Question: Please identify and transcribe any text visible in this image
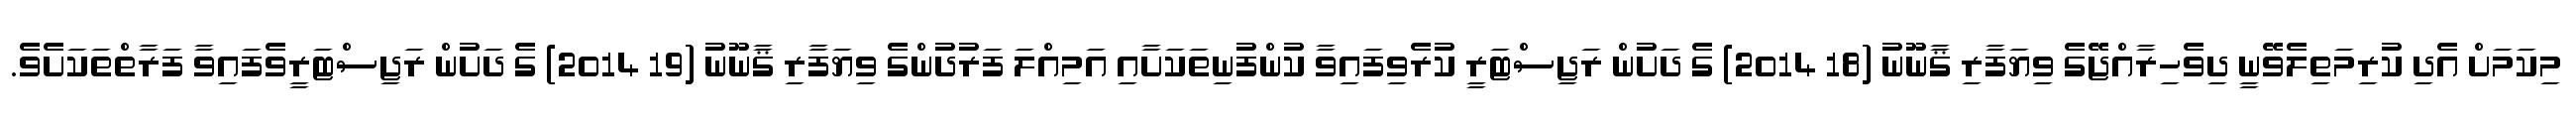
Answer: މިކަމަށް އެދި ކުރިމަތިލެވޭނީ ދިވެހިރާއްޖޭގެ ވިޔަފާރި ޤާނޫނު (18 2014) ގެ ދަށުން ރަޖިސްޓަރީ ކުރެވިފައިވާ ކުންފުނިތަކަށާއި އަމިއްލަ ފަރުދުންގެ ވިޔަފާރި ޤާނޫނު (19 2014) ގެ ދަށުން ރަޖިސްޓަރީވެފައިވާ ފަރާތްތަކަށެވެ.